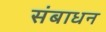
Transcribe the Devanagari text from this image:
संबाधन